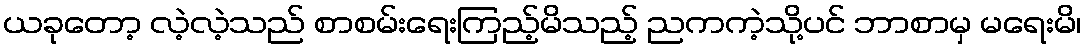
ယခုတော့ လဲ့လဲ့သည် စာစမ်းရေးကြည့်မိသည့် ညကကဲ့သို့ပင် ဘာစာမှ မရေးမိ၊